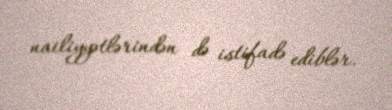
nailiyyətlərindən də istifadə ediblər.